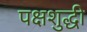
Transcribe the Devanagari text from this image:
पक्षशुद्धी